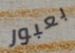
بعبور